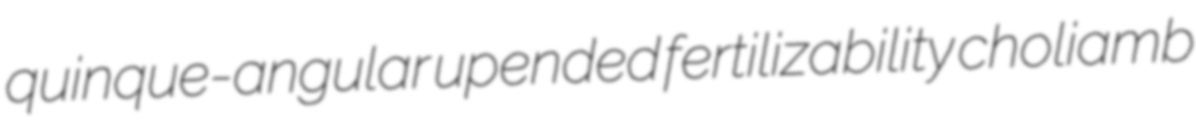
quinque-angular upended fertilizability choliamb